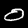
Digit: 0